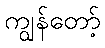
ကျွန်တော့်